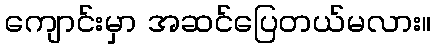
ကျောင်းမှာ အဆင်ပြေတယ်မလား။